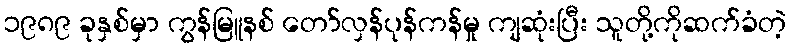
၁၉၈၉ ခုနှစ်မှာ ကွန်မြူနစ် တော်လှန်ပုန်ကန်မှု ကျဆုံးပြီး သူတို့ကိုဆက်ခံတဲ့